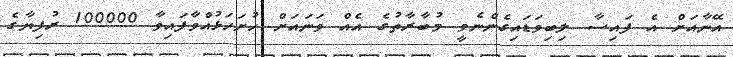
އޭނާއަށް އެ ފައިސާ ލިބިވަޑައިގެންނެވީ މުބާރާތުގެ އެއް ވަނައަށް ހުށަހަޅުއްވާފައިވާ 100000 ރުފިޔާގެ